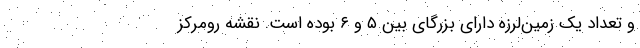
و تعداد یک زمین‌لرزه دارای بزرگای بین ۵ و ۶ بوده است. نقشه رومرکز